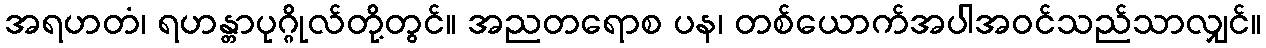
အရဟတံ၊ ရဟန္တာပုဂ္ဂိုလ်တို့တွင်။ အညတရောစ ပန၊ တစ်ယောက်အပါအဝင်သည်သာလျှင်။